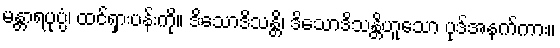
မန္တာရပုပ္ပံ၊ ထင်ရှားပန်းကို။ ဒိသောဒိသန္တိ၊ ဒိသောဒိသန္တိဟူသော ပုဒ်အနက်ကား။